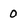
Character: 0